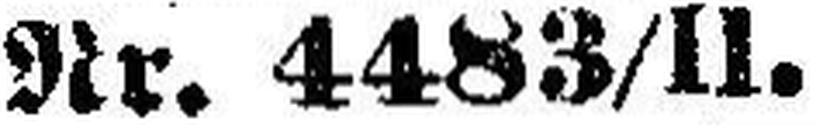
Nr. 4483/II.